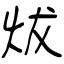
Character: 炦